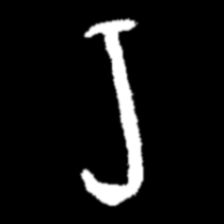
Pyu character \u2014 Myanmar letter: ရ (romanized: ra)